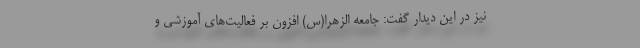
نیز در این دیدار گفت: جامعه الزهرا(س) افزون بر فعالیت‌های آموزشی و